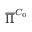
\overline { { \Pi } } ^ { C _ { 0 } }